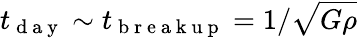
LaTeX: t_{\mathrm{~d~a~y~}}\sim t_{\mathrm{~b~r~e~a~k~u~p~}}=1/\sqrt{G\rho}